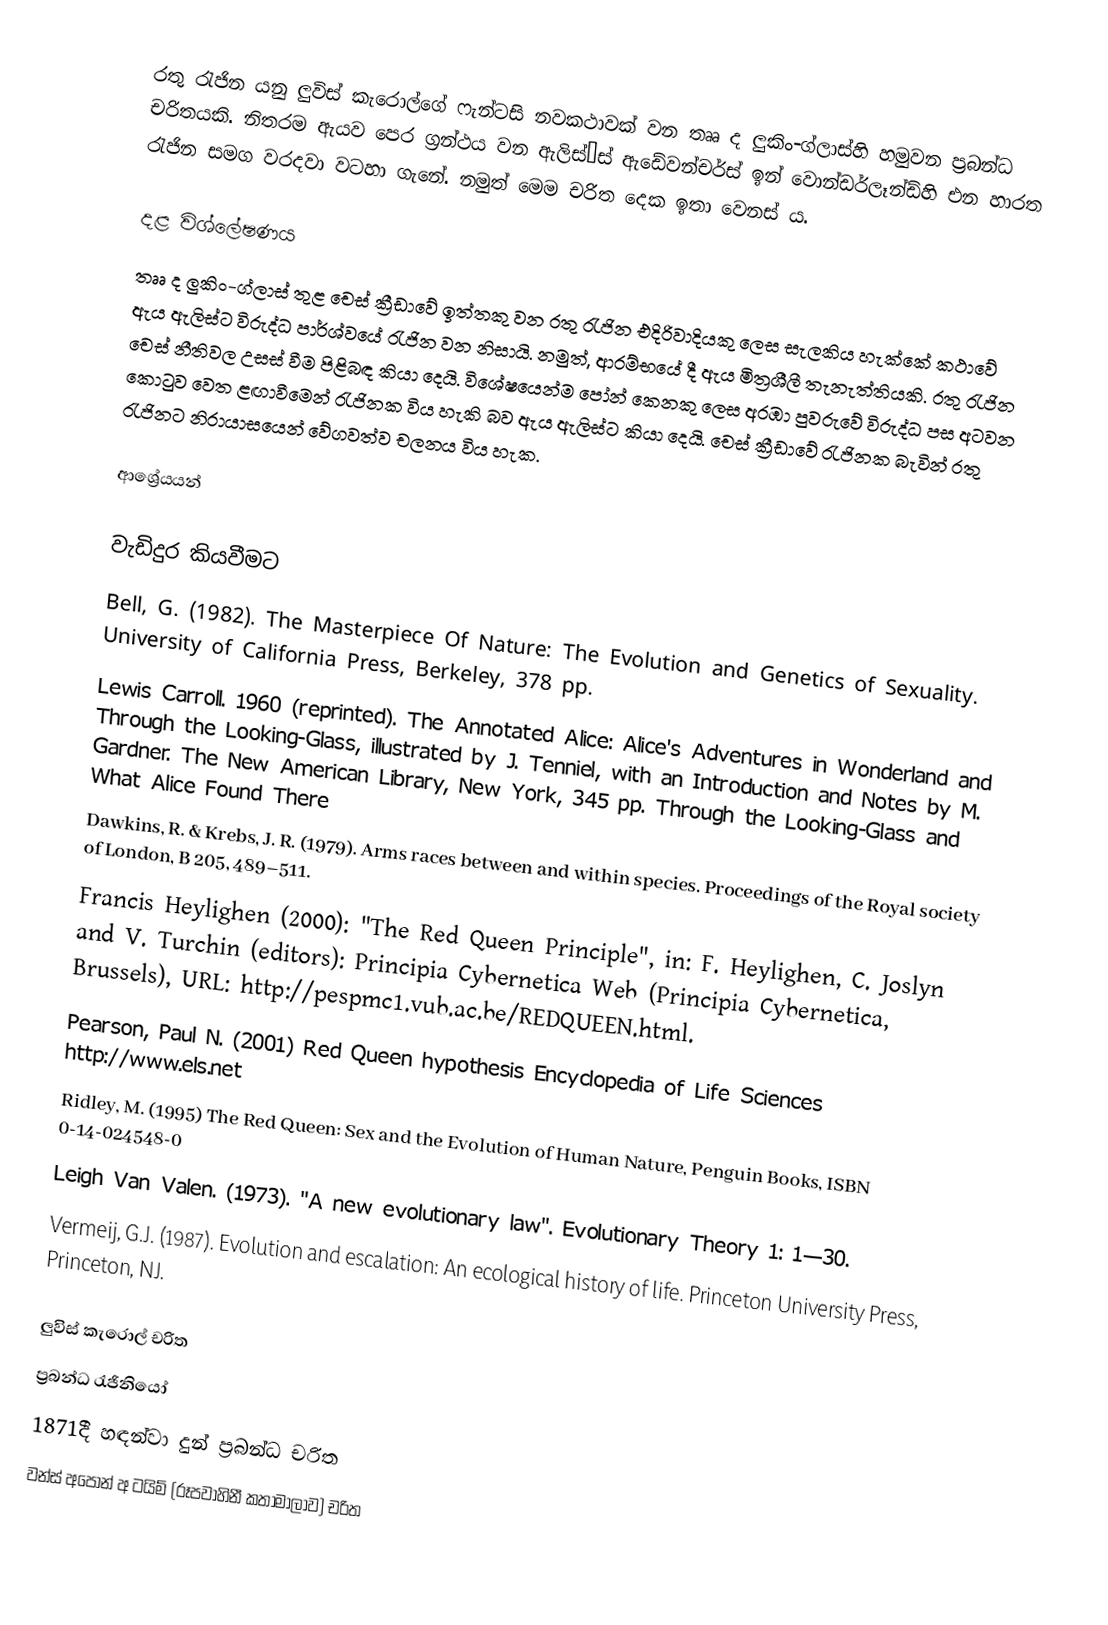
රතු රැජින යනු ලුවිස් කැරොල්ගේ ෆැන්ටසි නවකථාවක් වන තෲ ද ලුකිං-ග්ලාස්හි හමුවන ප්‍රබන්ධ චරිතයකි. නිතරම ඇයව පෙර ග්‍රන්ථ‍ය වන ඇලිස්’ස් ඇඩේවන්චර්ස් ඉන් වොන්ඩර්ලෑන්ඩ්හි එන හාරත රැජින සමග වරදවා වටහා ගැනේ. නමුත් මෙම චරිත දෙක ඉතා වෙනස් ය.

දළ විශ්ලේෂණය
තෲ ද ලුකිං-ග්ලාස් තුළ චෙස් ක්‍රීඩාවේ ඉත්තකු වන රතු රැජින එදිරිවාදියකු ලෙස සැලකිය හැක්කේ කථාවේ ඇය ඇලිස්ට විරුද්ධ පාර්ශ්වයේ රැජින වන නිසායි. නමුත්, ආරම්භයේ දී ඇය මිත්‍රශීලී තැනැත්තියකි. රතු රැජින චෙස් නීතිවල උසස් වීම පිළිබඳ කියා දෙයි. විශේෂයෙන්ම පෝන් කෙනකු ලෙස අරඹා පුවරුවේ විරුද්ධ පස අටවන කොටුව වෙත ළඟාවීමෙන් රැජිනක විය හැකි බව ඇය ඇලිස්ට කියා දෙයි. චෙස් ක්‍රීඩාවේ රැජිනක බැවින් රතු රැජිනට නිරායාසයෙන් වේගවත්ව චලනය විය හැක.

ආශ්‍රේයයන්

වැඩිදුර කියවීමට
 Bell, G. (1982). The Masterpiece Of Nature: The Evolution and Genetics of Sexuality. University of California Press, Berkeley, 378 pp.
 Lewis Carroll. 1960 (reprinted). The Annotated Alice: Alice's Adventures in Wonderland and Through the Looking-Glass, illustrated by J. Tenniel, with an Introduction and Notes by M. Gardner. The New American Library, New York, 345 pp. Through the Looking-Glass and What Alice Found There
 Dawkins, R. & Krebs, J. R. (1979). Arms races between and within species.  Proceedings of the Royal society of London, B 205, 489–511.
 Francis Heylighen (2000): "The Red Queen Principle", in: F. Heylighen, C. Joslyn and V. Turchin (editors): Principia Cybernetica Web (Principia Cybernetica, Brussels), URL: http://pespmc1.vub.ac.be/REDQUEEN.html.
 Pearson, Paul N. (2001) Red Queen hypothesis Encyclopedia of Life Sciences http://www.els.net
 Ridley, M. (1995) The Red Queen: Sex and the Evolution of Human Nature, Penguin Books, ISBN 0-14-024548-0
 Leigh Van Valen. (1973). "A new evolutionary law". Evolutionary Theory 1: 1—30.
 Vermeij, G.J. (1987). Evolution and escalation: An ecological history of life. Princeton University Press, Princeton, NJ.

ලුවිස් කැරොල් චරිත
ප්‍රබන්ධ රැජිනියෝ
1871දී හඳන්වා දුන් ප්‍රබන්ධ චරිත
වන්ස් අපොන් අ ටයිම් (රූපවාහිනී කතාමාලාව) චරිත